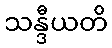
သန္ဒီယတိ